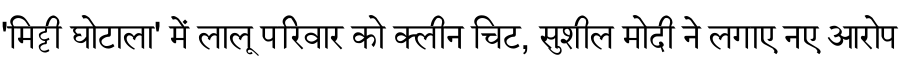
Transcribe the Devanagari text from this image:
'मिट्टी घोटाला' में लालू परिवार को क्लीन चिट, सुशील मोदी ने लगाए नए आरोप